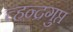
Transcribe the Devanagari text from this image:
च्हन्द्रगुप्त